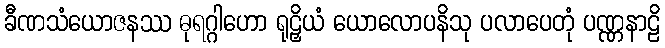
ခီဏသံယောဇနဿ ဓုရဂ္ဂါဟော ရုဠှိယံ ယောလောပနိသု ပလာပေတုံ ပဏ္ဏနာဠိ